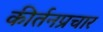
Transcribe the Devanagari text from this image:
कीर्तनप्रचार